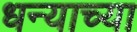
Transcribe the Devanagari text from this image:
धन्याच्या